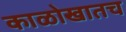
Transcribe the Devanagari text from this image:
काळोखातच